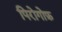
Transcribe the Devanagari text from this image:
पिरोगोफ़